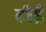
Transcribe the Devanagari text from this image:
टीई